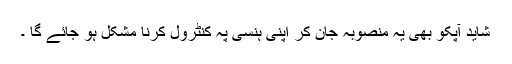
شاید آپکو بھی یہ منصوبہ جان کر اپنی ہنسی پہ کنٹرول کرنا مشکل ہو جائے گا ۔